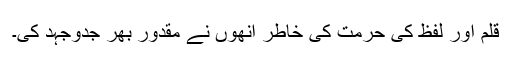
قلم اور لفظ کی حرمت کی خاطر انھوں نے مقدور بھر جدوجہد کی۔